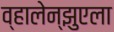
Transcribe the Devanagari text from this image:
व्हालेन्झुएला